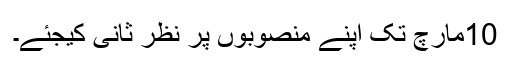
10مارچ تک اپنے منصوبوں پر نظر ثانی کیجئے۔